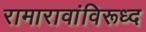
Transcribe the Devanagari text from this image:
रामारावांविरूध्द